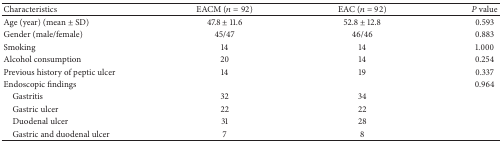
| Characteristics | EACM (n = 92) | EAC (n = 92) | P value |
 | --- | --- | --- | --- |
 | Age (year) (mean ± SD) | 47.8 ± 11.6 | 52.8 ± 12.8 | 0.593 |
 | Gender (male/female) | 45/47 | 46/46 | 0.883 |
 | Smoking | 14 | 14 | 1.000 |
 | Alcohol consumption | 20 | 14 | 0.254 |
 | Previous history of peptic ulcer | 14 | 19 | 0.337 |
 | Endoscopic findings |  |  | 0.964 |
 | Gastritis | 32 | 34 |  |
 | Gastric ulcer | 22 | 22 |  |
 | Duodenal ulcer | 31 | 28 |  |
 | Gastric and duodenal ulcer | 7 | 8 |  |